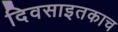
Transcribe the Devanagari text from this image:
दिवसाइतकाच